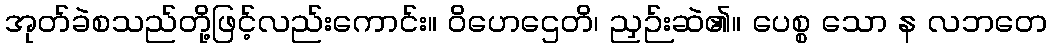
အုတ်ခဲစသည်တို့ဖြင့်လည်းကောင်း။ ဝိဟေဌေတိ၊ ညှဉ်းဆဲ၏။ ပေစ္စ သော န လဘတေ